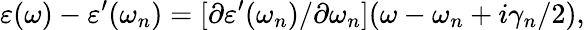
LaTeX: \varepsilon(\omega)-\varepsilon^{\prime}(\omega_{n})=[\partial\varepsilon^{\prime}(\omega_{n})/\partial\omega_{n}](\omega-\omega_{n}+i\gamma_{n}/2),